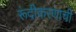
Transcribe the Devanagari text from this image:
रूंदीकरणाची